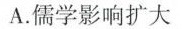
A.儒学影响扩大